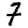
Digit: 7